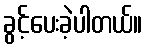
ခွင့်ပေးခဲ့ပါတယ်။